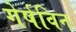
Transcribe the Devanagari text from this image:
गेर्षविन